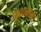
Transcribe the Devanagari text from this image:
१८००मध्ये